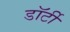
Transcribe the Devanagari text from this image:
डॉर्टी